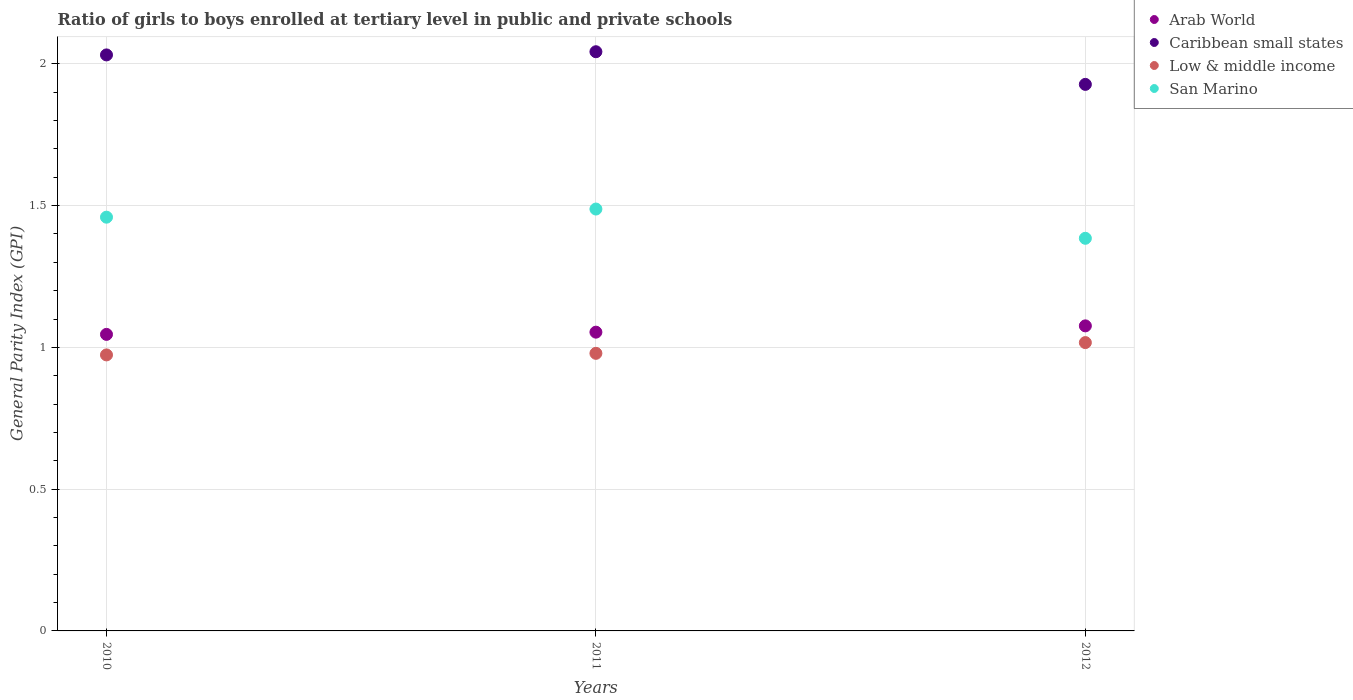
| Years | Arab World | Caribbean small states | Low & middle income | San Marino |
 | --- | --- | --- | --- | --- |
 | 2010 | 1.05 | 2.03 | 0.974 | 1.46 |
 | 2011 | 1.05 | 2.04 | 0.979 | 1.49 |
 | 2012 | 1.08 | 1.93 | 1.02 | 1.38 |